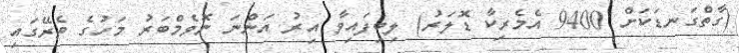
(ގާތްގަނޑަކަށް 9400 އެމެރިކާ ޑޮލަރު) ލިބިފައިވާ އިރު އަންނަ ނޮވެމްބަރު މަހުގެ ތެރޭގައި